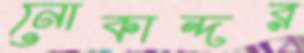
নোকান্দর